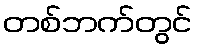
တစ်ဘက်တွင်